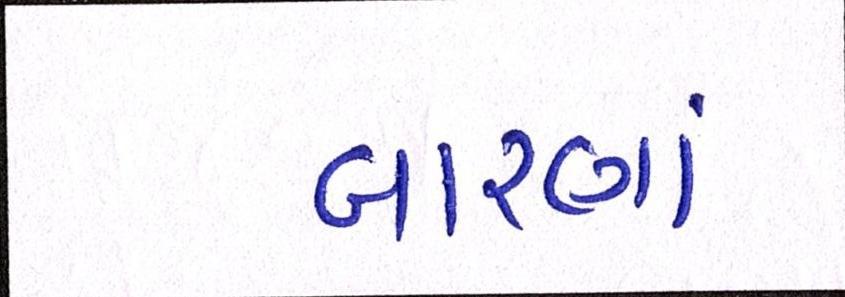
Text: બારણાં